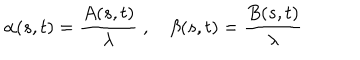
LaTeX: \alpha ( s , t ) = { \frac { A ( s , t ) } { \lambda } } \; , \quad \beta ( s , t ) = { \frac { B ( s , t ) } { \lambda } }